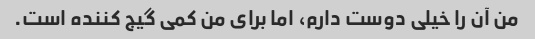
من آن را خیلی دوست دارم، اما برای من کمی گیج کننده است.